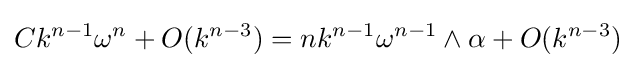
Ck^{n-1}\omega ^{n}+O(k^{n-3})=nk^{n-1}\omega ^{n-1}\wedge \alpha +O(k^{n-3})